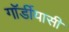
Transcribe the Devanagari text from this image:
गॉर्डीयासी